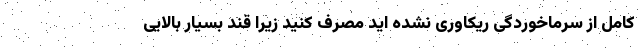
کامل از سرماخوردگی ریکاوری نشده اید مصرف کنید زیرا قند بسیار بالایی